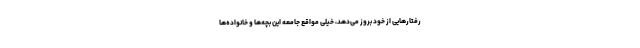
رفتارهایی از خود بروز می‌دهد، خیلی مواقع جامعه این بچه‌ها و خانواده‌ها